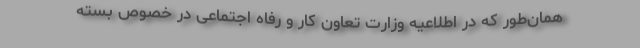
همان‌طور که در اطلاعیه وزارت تعاون کار و رفاه اجتماعی در خصوص بسته